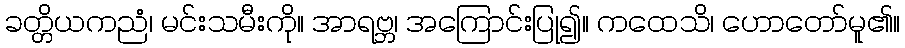
ခတ္တိယကညံ၊ မင်းသမီးကို။ အာရဗ္ဘ၊ အကြောင်းပြု၍။ ကထေသိ၊ ဟောတော်မူ၏။